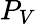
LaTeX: P_{V}